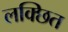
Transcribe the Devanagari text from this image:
लक्छित